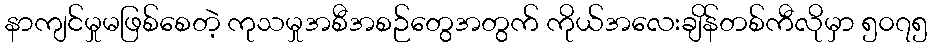
နာကျင်မှုမဖြစ်စေတဲ့ ကုသမှုအစီအစဉ်တွေအတွက် ကိုယ်အလေးချိန်တစ်ကီလိုမှာ ၅၀၇၅